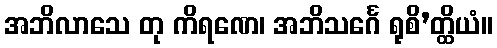
အဘိလာသေ တု ကိရဏေ၊ အဘိသင်္ဂေ ရုစိ’တ္ထိယံ။